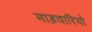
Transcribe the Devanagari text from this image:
माड़वारियो